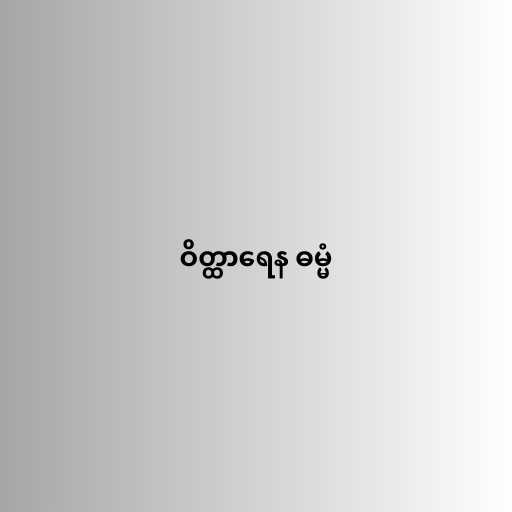
ဝိတ္ထာရေန ဓမ္မံ